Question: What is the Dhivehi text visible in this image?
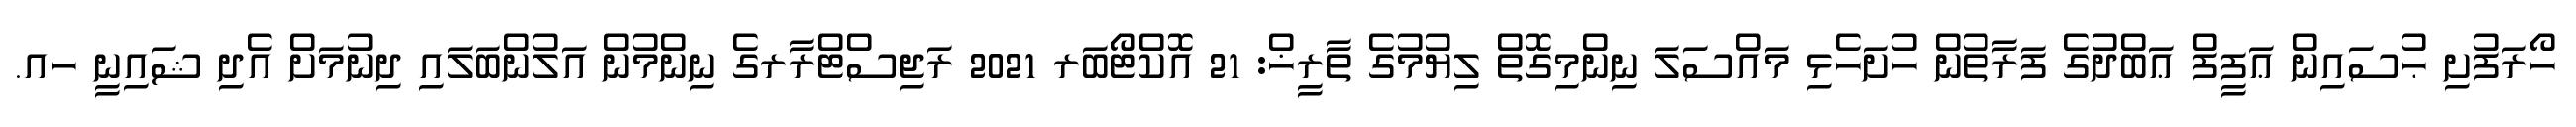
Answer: ހޯރަފުށި ޙުސައިން ޢަފީފް ޢަބްދުގެ ފަރާތުން ހުށަހެޅި މައްސަލަ ނިންމިގޮތް ލިޔުމުގެ ތާރީޚް: 21 އޮކްޓޯބަރ 2021 ރަޖިސްޓްރާރގެ ނިންމުން އަލުންބަލައި ދިނުމަށް އެދި ޝައިނީ ހއ.